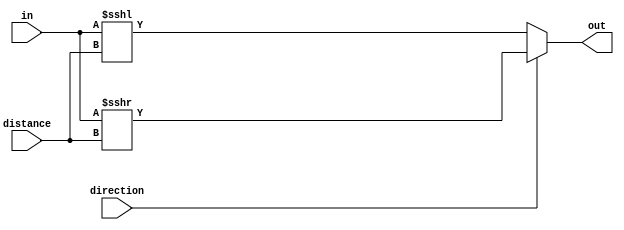
`timescale 1ns / 1ps
//////////////////////////////////////////////////////////////////////////////////
// 
// Module Name:    shifter 
// Project Name: 	`music-synth

// Description: Arithmetically shifts input left(0) or right (1) based on direction(0/1). 
//	Note that sign is preserved during shifting 
//////////////////////////////////////////////////////////////////////////////////
module shifter #(parameter WIDTH = 16)(
	input [WIDTH - 1:0] in,
	input [1:0] distance, 
	input wire direction, 
	output signed [WIDTH - 1:0] out
);

// Declarations

wire [WIDTH - 1:0] rot_r;
wire [WIDTH - 1:0] rot_l;

// Rotating logic
assign rot_l = $signed(in) <<< distance;
assign rot_r = $signed(in) >>> distance;

assign out = direction ? rot_r : rot_l;

endmodule